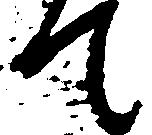
て